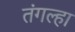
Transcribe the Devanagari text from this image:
तंगल्हा